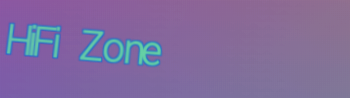
HiFi Zone